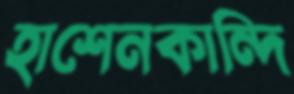
হাশেনকান্দি